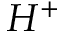
H ^ { + }